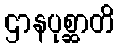
ဌာနပုစ္ဆာတိ